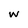
Character: w